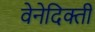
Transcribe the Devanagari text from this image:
वेनेदिक्ती